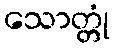
သောတ္တုံ